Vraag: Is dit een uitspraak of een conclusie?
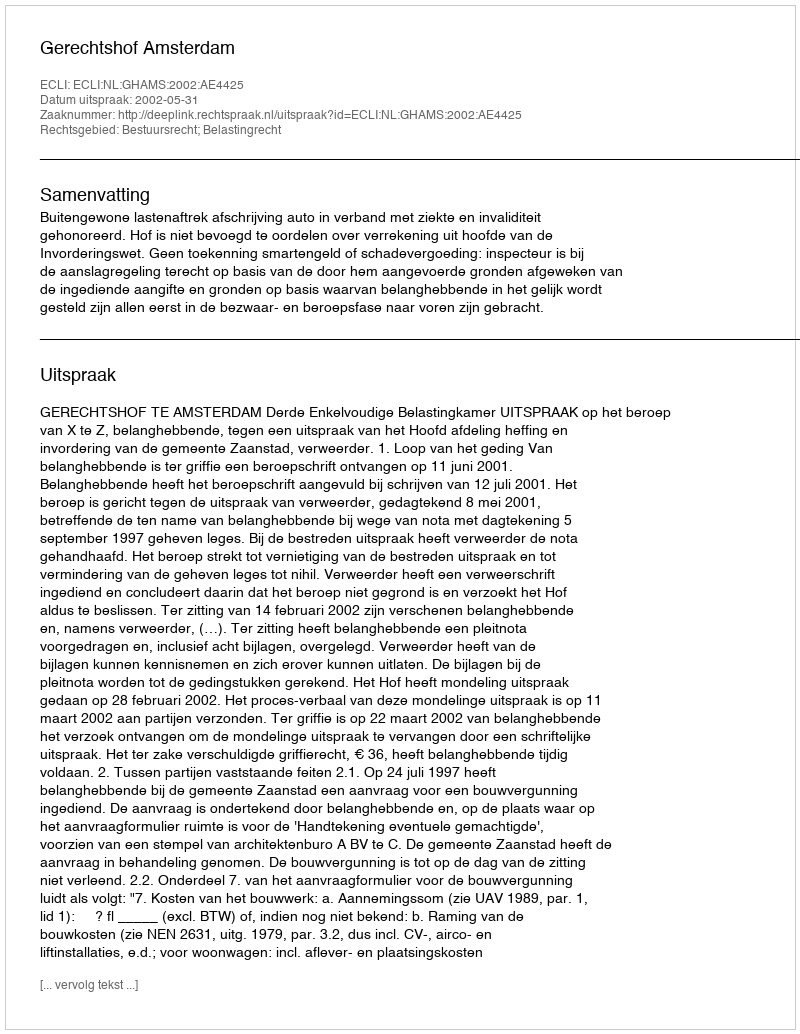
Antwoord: Uitspraak